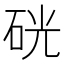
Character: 硄